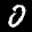
Label: 0